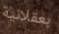
بعقلانية